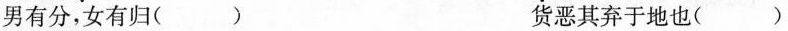
男有分，女有归（）货恶其弃于地也（）